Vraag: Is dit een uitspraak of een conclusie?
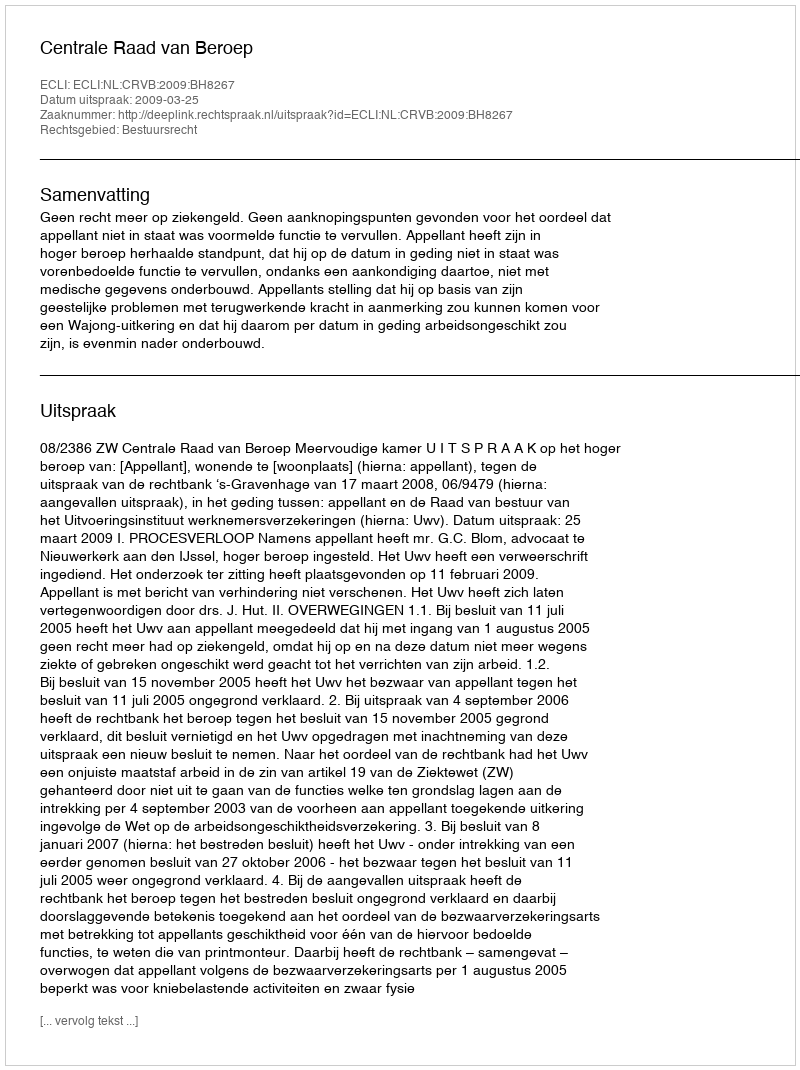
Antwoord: Uitspraak